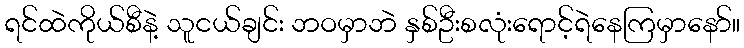
ရင်ထဲကိုယ်စီနဲ့ သူငယ်ချင်း ဘဝမှာဘဲ နှစ်ဦးစလုံးရောင့်ရဲနေကြမှာနော်။